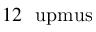
1 2 ~ \mathrm { \ u p m u s }